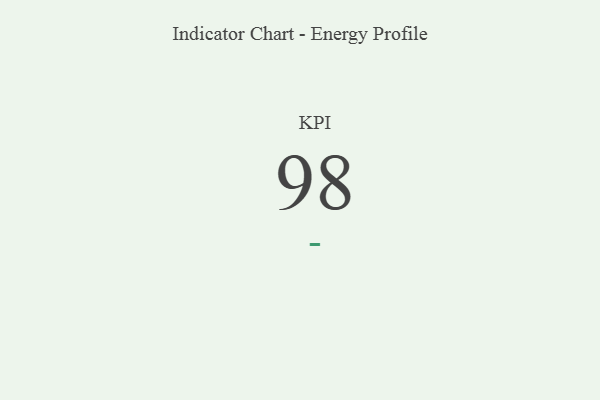
{"axis": {"x": "KPI", "y": "Value"}, "legend": [""], "data": [{"x": "KPI", "y": 98, "type": ""}]}